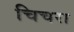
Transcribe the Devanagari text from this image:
चिचरा